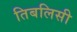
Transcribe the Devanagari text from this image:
तिबलिसी